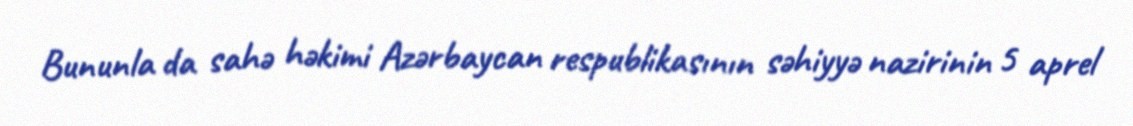
Bununla da sahə həkimi Azərbaycan respublikasının səhiyyə nazirinin 5 aprel